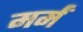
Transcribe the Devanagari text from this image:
मर्मं